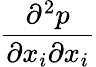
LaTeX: \frac{{{\partial}^{2}}{p}}{\partial{{x}_{i}}\partial{{x}_{i}}}